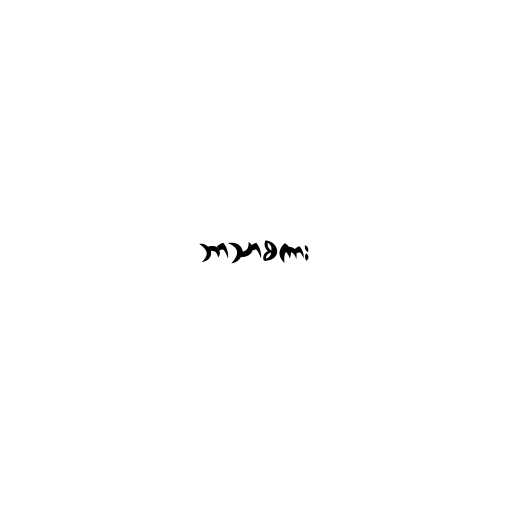
ဘာသာစကား